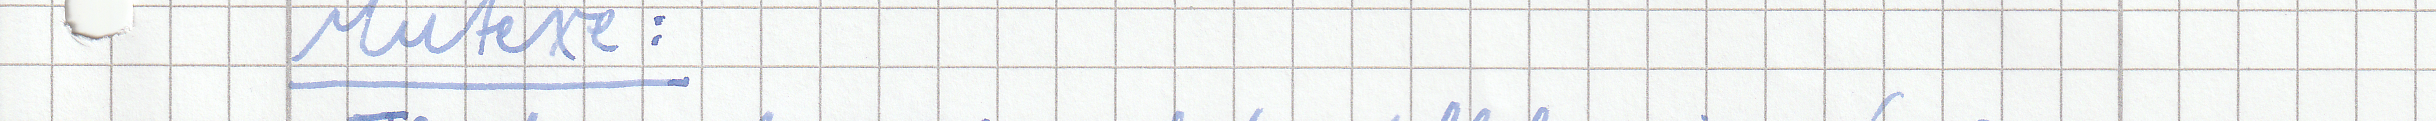
Mutexe :